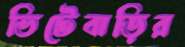
ভিটেবাড়ির